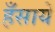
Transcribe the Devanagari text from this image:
हँसाये